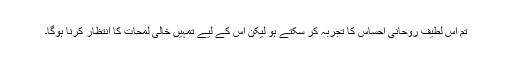
تم اس لطیف روحانی احساس کا تجربہ کر سکتے ہو لیکن اس کے لیے تمہیں خالی لمحات کا انتظار کرنا ہوگا۔